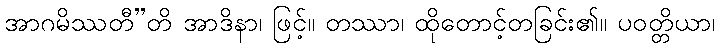
အာဂမိဿတီ”တိ အာဒိနာ၊ ဖြင့်။ တဿာ၊ ထိုတောင့်တခြင်း၏။ ပဝတ္တိယာ၊